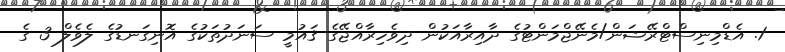
1. އެޑްމިނިސްޓްރޭޝަން/މެނޭޖްމަންޓުގެ ދާއިރާއަކުން ދިވެހިރާއްޖޭގެ ޤައުމީ ސަނަދުތަކުގެ އޮނިގަނޑުގެ ލެވެލް 3 ގެ